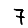
Digit: 7